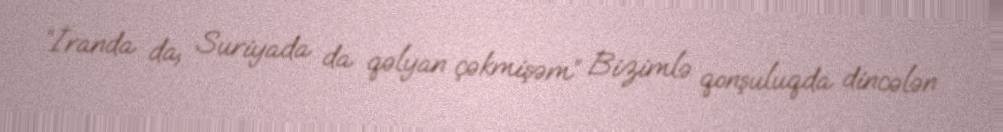
“İranda da, Suriyada da qəlyan çəkmişəm” Bizimlə qonşuluqda dincələn